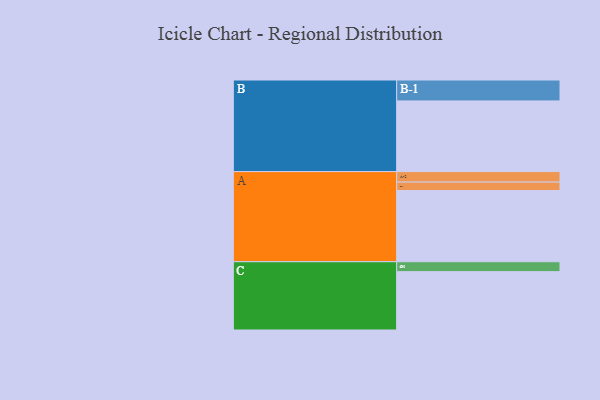
{"axis": {"x": "Segment", "y": "Value"}, "legend": ["", "A", "B", "C"], "data": [{"x": "A", "y": 596, "type": ""}, {"x": "B", "y": 591, "type": ""}, {"x": "C", "y": 488, "type": ""}, {"x": "A-1", "y": 70, "type": "A"}, {"x": "A-2", "y": 88, "type": "A"}, {"x": "B-1", "y": 175, "type": "B"}, {"x": "C-1", "y": 83, "type": "C"}]}